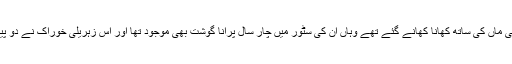
بالآخر یہ راز کھلا کہ اُس ہوٹل میں جہاں یہ معصوم بچے اپنی ماں کی ساتھ کھانا کھانے گئے تھے وہاں اُن کی سٹور میں چار سال پرانا گوشت بھی موجود تھا اور اس زہریلی خوراک نے دو پیارے پیارے معصوم بچوں کو اُن کے ماں باپ سے چھین لیا ۔